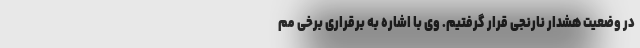
در وضعیت هشدار نارنجی قرار گرفتیم. وی با اشاره به برقراری برخی مم